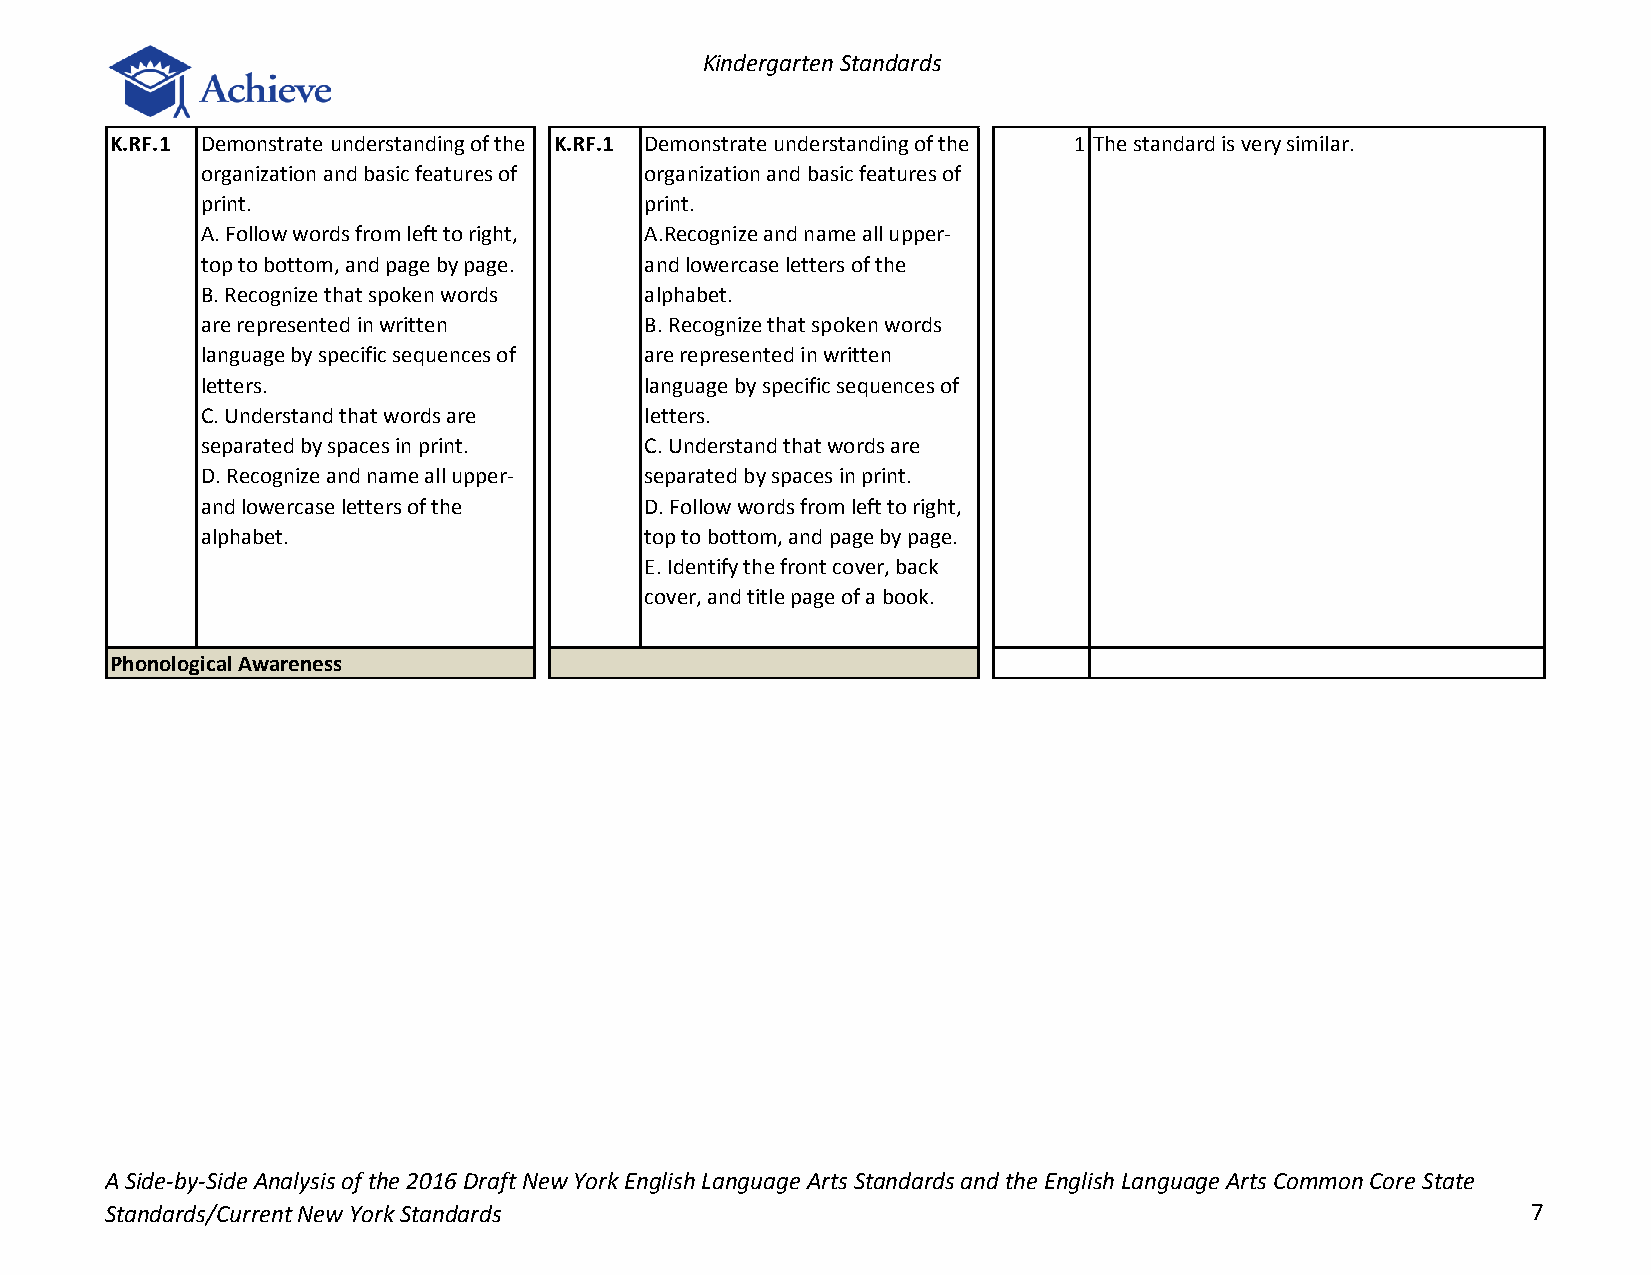
Kindergarten Standards
 K.RF.1 Demonstrate understanding of the K.RF.1 Demonstrate understanding of the 1 The standard is very similar.
 organization and basic features of organization and basic features of
 print.                        print.
 A. Follow words from left to right, A.Recognize and name all upper-
 top to bottom, and page by page. and lowercase letters of the
 B. Recognize that spoken words alphabet.
 are represented in written    B. Recognize that spoken words
 language by specific sequences of are represented in written
 letters.                      language by specific sequences of
 C. Understand that words are  letters.
 separated by spaces in print. C. Understand that words are
 D. Recognize and name all upper- separated by spaces in print.
 and lowercase letters of the  D. Follow words from left to right,
 alphabet.                     top to bottom, and page by page.
 E. Identify the front cover, back
 cover, and title page of a book.
 Phonological Awareness
 A Side-by-Side Analysis of the 2016 Draft New York English Language Arts Standards and the English Language Arts Common Core State
 Standards/Current New York Standards                                                          7